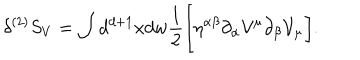
\delta ^ { ( 2 ) } S _ { V } = \int d ^ { d + 1 } x d w \frac { 1 } { 2 } \biggl [ \eta ^ { \alpha \beta } \partial _ { \alpha } { \cal V } ^ { \mu } \partial _ { \beta } { \cal V } _ { \mu } \biggr ] .